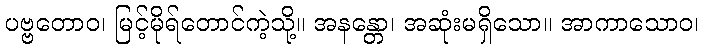
ပဗ္ဗတောဝ၊ မြင့်မိုရ်တောင်ကဲ့သို့။ အနန္တော၊ အဆုံးမရှိသော။ အာကာသောဝ၊